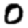
Digit: 0